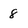
Character: 8